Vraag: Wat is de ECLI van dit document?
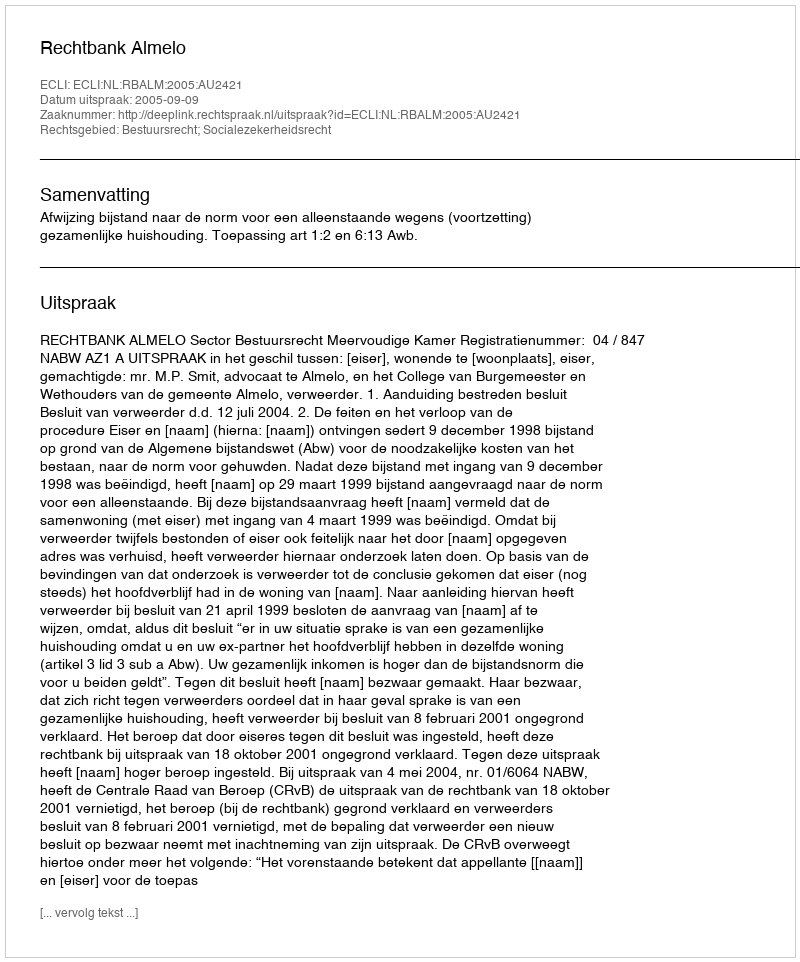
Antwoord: ECLI:NL:RBALM:2005:AU2421